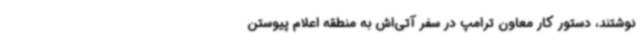
نوشتند، دستور کار معاون ترامپ در سفر آتی‌اش به منطقه اعلام پیوستن